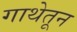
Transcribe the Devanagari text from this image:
गाथेतून